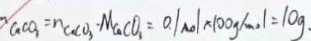
C a C O _ { 3 } = n _ { C a C O _ { 3 } } \cdot M _ { C a C O _ { 3 } } = 0 . 1 m o l / \times 1 0 0 g / m o l = 1 0 g